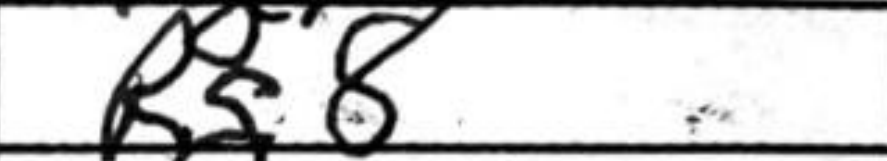
Transcription: Rg8